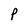
Character: P